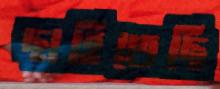
ছাহিতেছি